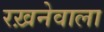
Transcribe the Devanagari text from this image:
रख़नेवाला